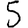
Digit: 5